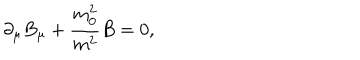
LaTeX: \partial _ { \mu } B _ { \mu } + \frac { m _ { 0 } ^ { 2 } } { m ^ { 2 } } B = 0 ,